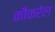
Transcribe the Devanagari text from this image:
कौकरेल